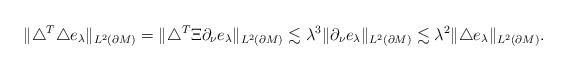
LaTeX: \begin{align*}\|\triangle^T\triangle e_\lambda\|_{L^2(\partial M)}=\|\triangle^T\Xi\partial_\nu e_\lambda\|_{L^2(\partial M)}\lesssim\lambda^3\|\partial_\nu e_\lambda\|_{L^2(\partial M)}\lesssim\lambda^2\|\triangle e_\lambda\|_{L^2(\partial M)}.\end{align*}